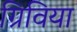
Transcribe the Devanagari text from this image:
ग्रिविया